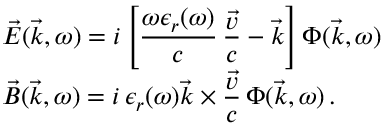
\begin{array} { l } { \displaystyle \vec { E } ( \vec { k } , \omega ) = i \left[ \frac { \omega \epsilon _ { r } ( \omega ) } { c } \, \frac { \vec { v } } { c } - \vec { k } \right] \Phi ( \vec { k } , \omega ) } \\ { \displaystyle \vec { B } ( \vec { k } , \omega ) = i \, \epsilon _ { r } ( \omega ) \vec { k } \times \frac { \vec { v } } { c } \, \Phi ( \vec { k } , \omega ) \, . } \end{array}